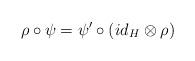
LaTeX: \begin{align*}\rho\circ\psi=\psi'\circ(id_H\otimes \rho)\end{align*}